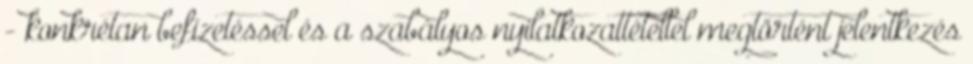
- konkrétan befizetéssel és a szabályos nyilatkozattétellel megtörtént jelentkezés